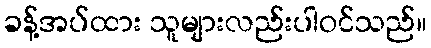
ခန့်အပ်ထား သူများလည်းပါဝင်သည်။